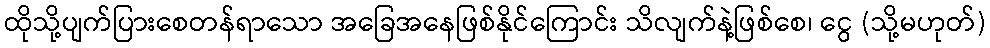
ထိုသို့ပျက်ပြားစေတန်ရာသော အခြေအနေဖြစ်နိုင်ကြောင်း သိလျက်နဲ့ဖြစ်စေ၊ ငွေ (သို့မဟုတ်)